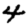
Digit: 4